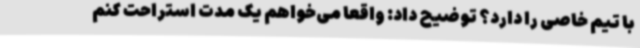
با تیم خاصی را دارد؟ توضیح داد: واقعا می‌خواهم یک‌ مدت استراحت کنم